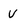
Character: v